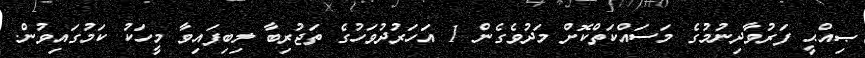
ޞިއްޙީ ފަރުވާދިނުމުގެ މަސައްކަތްކޮށް މަދުވެގެން 1 އަހަރުދުވަހުގެ ތަޖުރިބާ ލިބިފައިވާ މީހަކު ކަމުގައިވުން.